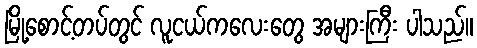
မြို့စောင့်တပ်တွင် လူငယ်ကလေးတွေ အများကြီး ပါသည်။